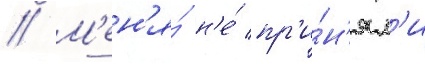
// М'ен'я́ н'е́ пр'и́н'ял'и